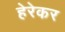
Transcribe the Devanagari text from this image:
हेरेकर